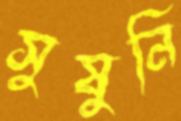
সুষুনি